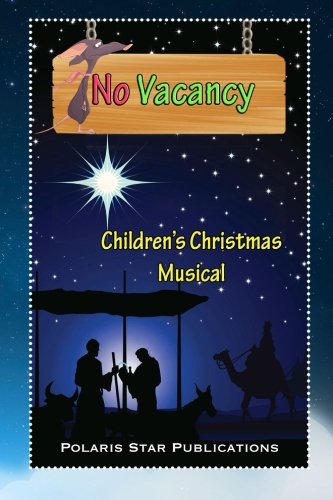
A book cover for No Vacancy: Children's Christmas Musical; Cherie Wood; Literature & Fiction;